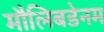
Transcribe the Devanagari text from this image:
मौलिबडेनम